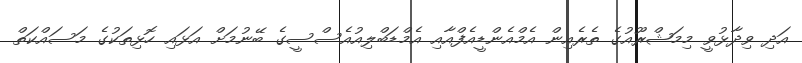
އަދި ވިދާޅުވީ މިމަޝްރޫއުގެ ތެރެއިން އެމްއެންޑީއެފްއާއި އެމްޑަބްލިއުއެސްސީގެ ބޭނުމަށް އަޅައި ހޮޅިތަކުގެ މަސައްކަތް